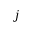
j